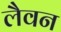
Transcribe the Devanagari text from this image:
लैवन